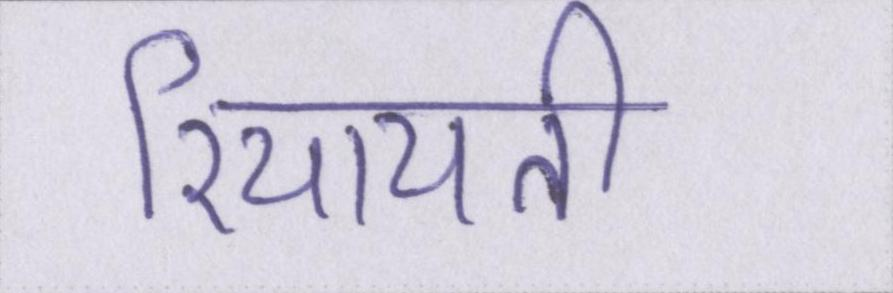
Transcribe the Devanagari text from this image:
रियायती